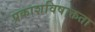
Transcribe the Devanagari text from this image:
प्रकाशविषाक्तता